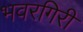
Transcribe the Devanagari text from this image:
भवरगिरी